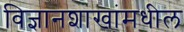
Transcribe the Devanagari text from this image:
विज्ञानशाखांमधील